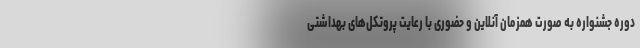
دوره جشنواره به صورت همزمان آنلاین و حضوری با رعایت پروتکل‌های بهداشتی